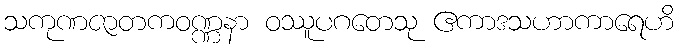
သကုဏဇာတကဝဏ္ဏနာ ဝဿူပဂတေသု ဧကာဒသဟာကာရေဟိ